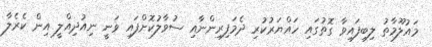
މައުލޫމާތު ލިބިފައިވާ ގޮތުގައި ހައްޔަރުކުރި ދެމަފިރިންނާއި ސުވާލުކޮށްފައި ވަނީ ނިއުދިއްލީ އިން ކެރެލާ